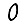
Digit: 0